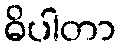
ဓိပါတာ